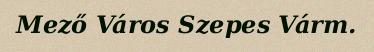
Mező Város Szepes Várm.